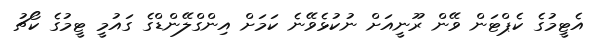
އެޓީމުގެ ކެޕްޓަން ވޭން ރޫނީއަށް ނުކުޅެވޭނެ ކަމަށް އިންގްލޭންޑްގެ ގައުމީ ޓީމުގެ ކޯޗު